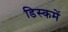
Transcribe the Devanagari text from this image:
डिस्कमें